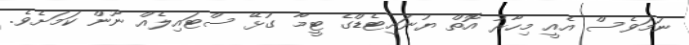
ނަމަވެސް އެއީ މިހާރު އޮތް ޔުނައިޓެޑްގެ ޓީމާ ގުޅޭ ސްޓައިލެއް ނޫން ކަމަށެވެ.